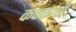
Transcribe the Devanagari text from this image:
कवकांची